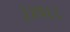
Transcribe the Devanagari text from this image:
३४५६६